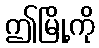
ဤမြို့ကို